Indian Medical Review
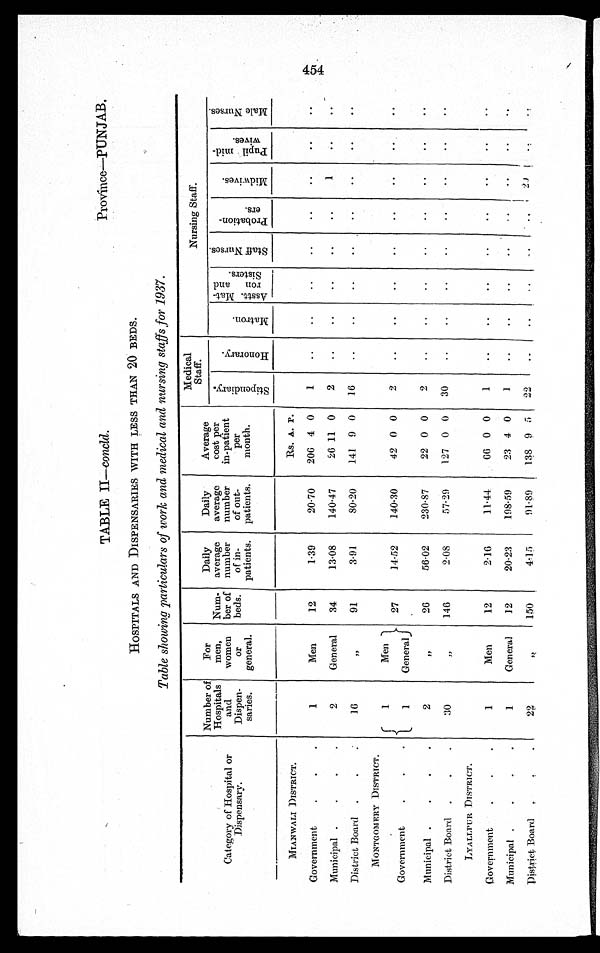
TABLE II—concld
.
Province—PUNJAB.
HOSPITALS AND DISPENSARIES WITH LESS THAN 20 BEDS.
Table showing particulars of 'work and medical and nursing staffs for 1937.
Category of Hospital or
Di spensary.
Number of
Hospitals
and
Dispen-
saries.
For
men,
women
or
general.
Num-
ber of
beds.
Daily
average
number
of in-
patients.
Daily
average
number
of out-
patients.
Average
cost per
in-patient
per
month.
Medical
Staff.
N u r s i n g S t a f f .
s t i p e n d i a r y .
H o n o r a r y .
M a t r o n .
A s s t t . M a t - r o n a n d S i s t e r s .
S t a f f N u r s e s .
P r o b a t i o n - e r s
M i d w i v e s .
P u p i l m i d -
W i v e s .
M a l e N u r s e s .
MIANWALI DISTRACT .
Rs. A. 1'.
Government
.
.
.
1
Men
12
1.39
20.70
206 4 0
1
..
..
..
..
..
..
..
..
Municipal .
.
.
.
2
General
34
13.08
140.47
26 11 0
2
..
..
..
..
..
1
..
..
District Board
.
.
.
16
„
91
3.91
80-20
141 9 0
16
..
..
..
..
..
..
..
. .
MONTGOMERY DISTRiCT .
Government
. . .
1
1
Men
General
27
14.52
140.30
42 0 0
2
. .
. .
. .
. .
. .
. .
..
. .
M unicipal .
. . .
2
„
26
56.02
230.87
22 0 0
2
..
..
..
..
..
. .
. .
. .
District Board
.
.
.
30
„
146
2.08
57.29
127 0 0
30
..
..
..
..
..
..
..
. .
LYA LLPUR DISTRICT.
Government
.
.
.
1
Men
12
2.16
11.44
66 0 0
1
..
..
..
..
..
..
..
..
Municipal .
.
. .
1
General
12
20.23
198.59
23 4 0
1
..
..
..
. .
. .
. .
. .
. .
Distract Board .
. .
22
„
150
4.15
91.89
1.38 9 5
22
..
..
..
. .
..
2 0
..
. .